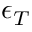
\epsilon _ { T }